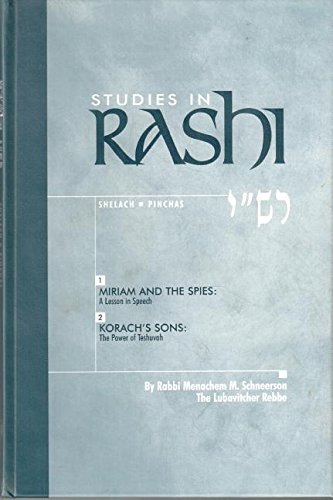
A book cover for Studies in Rashi, Shelach - Pinchas (Chassidic Heritage); R. Menachem M. Schneerson; Religion & Spirituality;